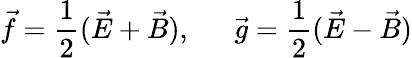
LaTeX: \vec{f}=\frac{1}{2}(\vec{E}+\vec{B}),~~~~~~\vec{g}=\frac{1}{2}(\vec{E}-\vec{B})